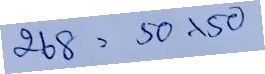
268 - 50x50